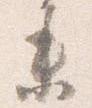
未